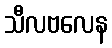
သီလဗလေန